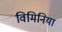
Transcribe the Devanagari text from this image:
विमिनिया